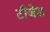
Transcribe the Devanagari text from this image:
टीज़ेड